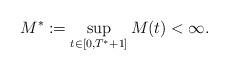
LaTeX: \begin{align*}M^* := \sup_{t \in [0, T^*+1]} M(t) < \infty.\end{align*}